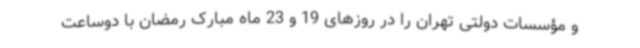
و مؤسسات دولتی تهران را در روز‌های 19 و 23 ماه مبارک رمضان با دوساعت